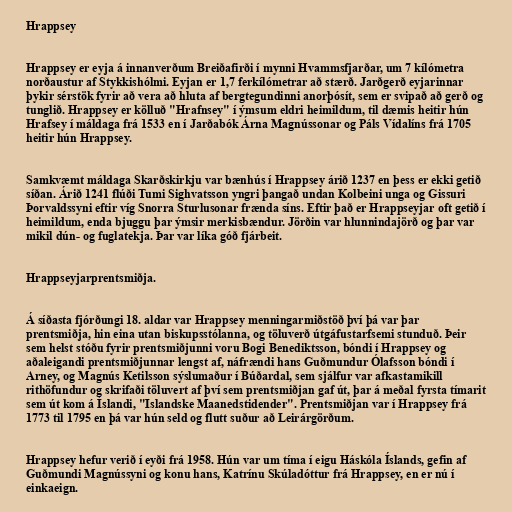
Hrappsey

Hrappsey er eyja á innanverðum Breiðafirði í mynni Hvammsfjarðar, um 7 kílómetra
norðaustur af Stykkishólmi. Eyjan er 1,7 ferkílómetrar að stærð. Jarðgerð eyjarinnar
þykir sérstök fyrir að vera að hluta af bergtegundinni anorþósít, sem er svipað að gerð og
tunglið. Hrappsey er kölluð "Hrafnsey" í ýmsum eldri heimildum, til dæmis heitir hún
Hrafsey í máldaga frá 1533 en í Jarðabók Árna Magnússonar og Páls Vídalíns frá 1705
heitir hún Hrappsey.

Samkvæmt máldaga Skarðskirkju var bænhús í Hrappsey árið 1237 en þess er ekki getið
síðan. Árið 1241 flúði Tumi Sighvatsson yngri þangað undan Kolbeini unga og Gissuri
Þorvaldssyni eftir víg Snorra Sturlusonar frænda síns. Eftir það er Hrappseyjar oft getið í
heimildum, enda bjuggu þar ýmsir merkisbændur. Jörðin var hlunnindajörð og þar var
mikil dún- og fuglatekja. Þar var líka góð fjárbeit.

Hrappseyjarprentsmiðja.

Á síðasta fjórðungi 18. aldar var Hrappsey menningarmiðstöð því þá var þar
prentsmiðja, hin eina utan biskupsstólanna, og töluverð útgáfustarfsemi stunduð. Þeir
sem helst stóðu fyrir prentsmiðjunni voru Bogi Benediktsson, bóndi í Hrappsey og
aðaleigandi prentsmiðjunnar lengst af, náfrændi hans Guðmundur Ólafsson bóndi í
Arney, og Magnús Ketilsson sýslumaður í Búðardal, sem sjálfur var afkastamikill
rithöfundur og skrifaði töluvert af því sem prentsmiðjan gaf út, þar á meðal fyrsta tímarit
sem út kom á Íslandi, "Islandske Maanedstidender". Prentsmiðjan var í Hrappsey frá
1773 til 1795 en þá var hún seld og flutt suður að Leirárgörðum.

Hrappsey hefur verið í eyði frá 1958. Hún var um tíma í eigu Háskóla Íslands, gefin af
Guðmundi Magnússyni og konu hans, Katrínu Skúladóttur frá Hrappsey, en er nú í
einkaeign.